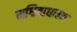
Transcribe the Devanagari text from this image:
मधिवाधान्य